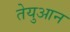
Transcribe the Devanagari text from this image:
तेयुआन